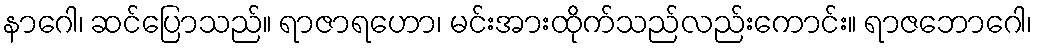
နာဂေါ၊ ဆင်ပြောသည်။ ရာဇာရဟော၊ မင်းအားထိုက်သည်လည်းကောင်း။ ရာဇဘောဂေါ၊